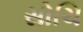
સોચિ